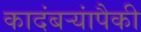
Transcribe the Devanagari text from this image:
कादंबऱ्यांपैकी